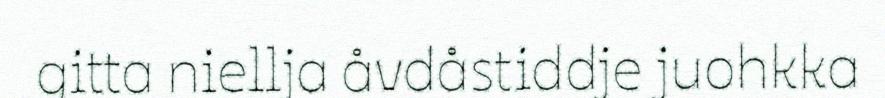
gitta niellja åvdåstiddje juohkka